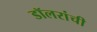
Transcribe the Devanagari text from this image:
डॉलरांची